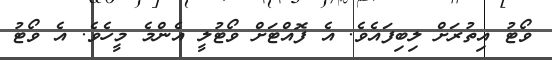
ވޯޓު އިތުރަށް ލިބިފައެވެ. އެ ފޮއްޓަށް ވޯޓުލީ އެންމެ މީހެވެ. އެ ވޯޓު